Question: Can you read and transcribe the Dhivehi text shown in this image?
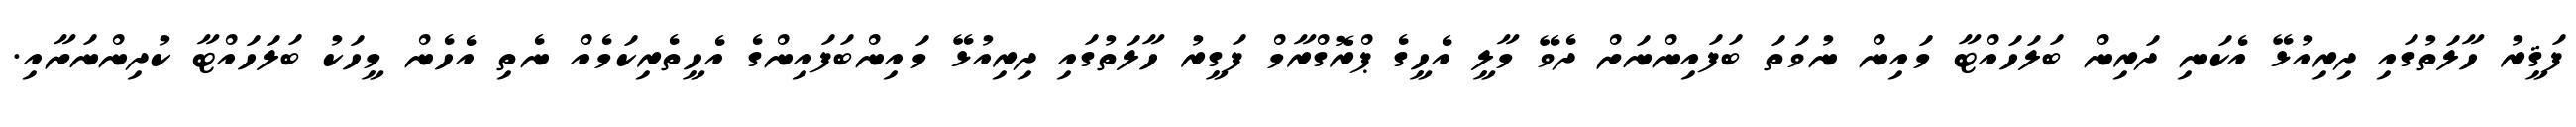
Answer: ފަޤީރު ހާލަތުގައި ދިރިއުޅޭ އެކަނި ދަރިން ބަލަހައްޓާ މައިން ނުވަތަ ބަފައިންނަށް ދެވޭ މާލީ އެހީގެ ޕްރޮގްރާމް ފަގީރު ހާލަތުގައި ދިރިއުޅޭ މައިންބަފައިންގެ އެހީތެރިކަމެއް ނެތި އެހެން މީހަކު ބަލަހައްޓާ ކުދިންނަށާއި.